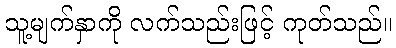
သူ့မျက်နှာကို လက်သည်းဖြင့် ကုတ်သည်။